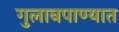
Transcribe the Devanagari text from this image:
गुलाबपाण्यात